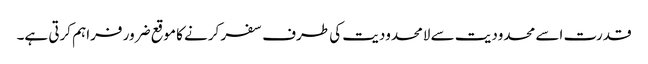
قدرت اسے محدودیت سے لامحدودیت کی طرف سفر کرنے کا موقع ضرور فراہم کرتی ہے۔